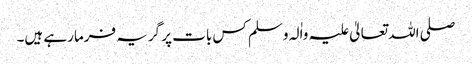
صلی اللہ تعالیٰ علیہ واٰلہ وسلم کس بات پر گریہ فرمارہے ہیں۔